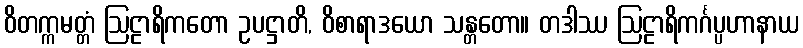
ဝိတက္ကမတ္တံ ဩဠာရိကတော ဥပဋ္ဌာတိ, ဝိစာရာဒယော သန္တတော။ တဒါဿ ဩဠာရိကင်္ဂပ္ပဟာနာယ